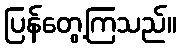
ပြန်တွေ့ကြသည်။